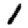
Digit: 1